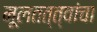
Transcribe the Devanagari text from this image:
मूलतत्त्वांचा